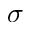
\boldsymbol { \sigma }